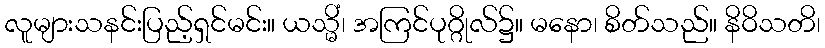
လူများသနင်းပြည့်ရှင်မင်း။ ယသ္မိံ၊ အကြင်ပုဂ္ဂိုလ်၌။ မနော၊ စိတ်သည်။ နိဝိသတိ၊